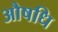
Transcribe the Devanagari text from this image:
औषधि